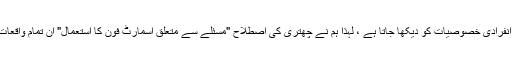
تاہم ، چونکہ ہر مطالعے میں طرز عمل کی لت کی مختلف انفرادی خصوصیات کو دیکھا جاتا ہے ، لہذا ہم نے چھتری کی اصطلاح "مسئلے سے متعلق اسمارٹ فون کا استعمال" ان تمام واقعات کی وضاحت کرنے کے لئے استعمال کرنے کا فیصلہ کیا۔